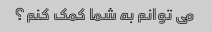
می توانم به شما کمک کنم؟